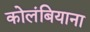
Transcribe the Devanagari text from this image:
कोलंबियाना